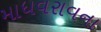
માધવરાવના